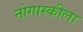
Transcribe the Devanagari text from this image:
नोगास्कीला